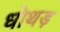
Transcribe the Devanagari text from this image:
धोथड़